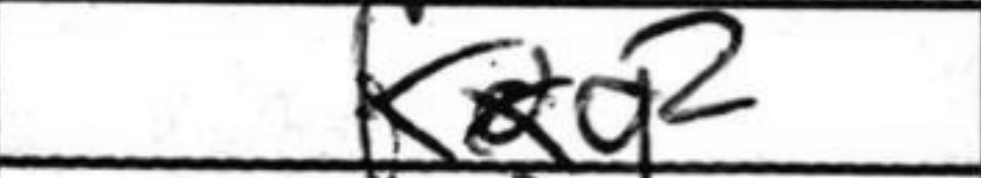
Transcription: Bxg2